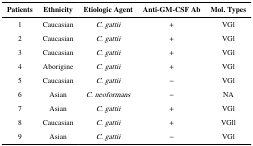
| Patients | Ethnicity | Etiologic Agent | Anti-GM-CSF Ab | Mol. Types |
 | --- | --- | --- | --- | --- |
 | 1 | Caucasian | C. gattii | + | VGl |
 | 2 | Caucasian | C. gattii | + | VGl |
 | 3 | Caucasian | C. gattii | + | VGl |
 | 4 | Aborigine | C. gattii | + | VGl |
 | 5 | Caucasian | C. gattii | − | VGl |
 | 6 | Asian | C. neoformans | − | NA |
 | 7 | Asian | C. gattii | + | VGl |
 | 8 | Caucasian | C. gattii | + | VGll |
 | 9 | Asian | C. gattii | − | VGl |